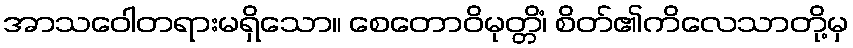
အာသဝေါတရားမရှိသော။ စေတောဝိမုတ္တိံ၊ စိတ်၏ကိလေသာတို့မှ